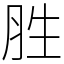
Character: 胜